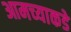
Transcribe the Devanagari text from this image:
आमच्‍याकडे